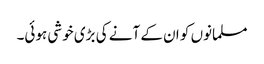
مسلمانوں کو ان کے آنے کی بڑی خوشی ہوئی۔